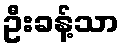
ဦးခန့်သာ